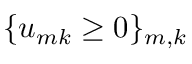
\{ u _ { m k } \ge 0 \} _ { m , k }